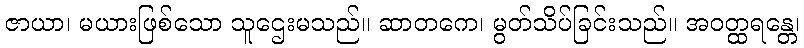
ဇာယာ၊ မယားဖြစ်သော သူဌေးမသည်။ ဆာတကေ၊ မွတ်သိပ်ခြင်းသည်။ အဝတ္ထရန္တေ၊